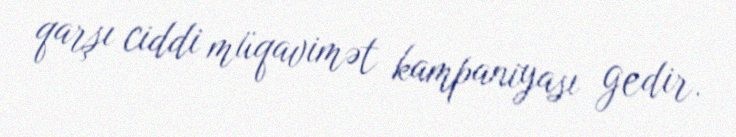
qarşı ciddi müqavimət kampaniyası gedir.